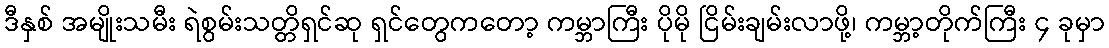
ဒီနှစ် အမျိုးသမီး ရဲစွမ်းသတ္တိရှင်ဆု ရှင်တွေကတော့ ကမ္ဘာကြီး ပိုမို ငြိမ်းချမ်းလာဖို့၊ ကမ္ဘာ့တိုက်ကြီး ၄ ခုမှာ